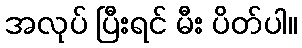
အလုပ် ပြီးရင် မီး ပိတ်ပါ။